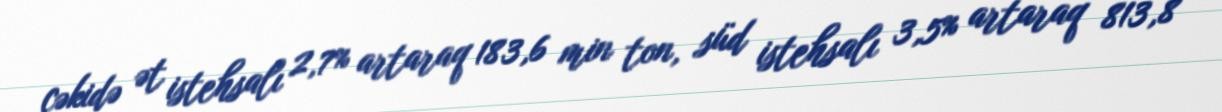
çəkidə ət istehsalı 2,7% artaraq 183,6 min ton, süd istehsalı 3,5% artaraq 813,8